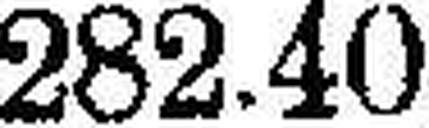
282.40